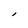
Character: l